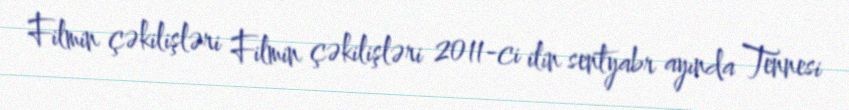
Filmin çəkilişləri Filmin çəkilişləri 2011-ci ilin sentyabr ayında Tennesi